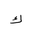
Letter: _kaf